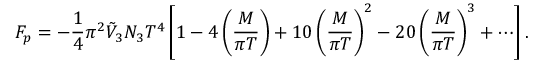
F _ { p } = - \frac { 1 } { 4 } \pi ^ { 2 } \tilde { V } _ { 3 } N _ { 3 } T ^ { 4 } \left[ 1 - 4 \left( \frac { M } { \pi T } \right) + 1 0 \left( \frac { M } { \pi T } \right) ^ { 2 } - 2 0 \left( \frac { M } { \pi T } \right) ^ { 3 } + \cdots \right] .